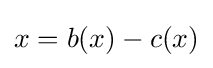
x=b(x)-c(x)